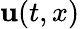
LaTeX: \mathbf{u}(t,x)